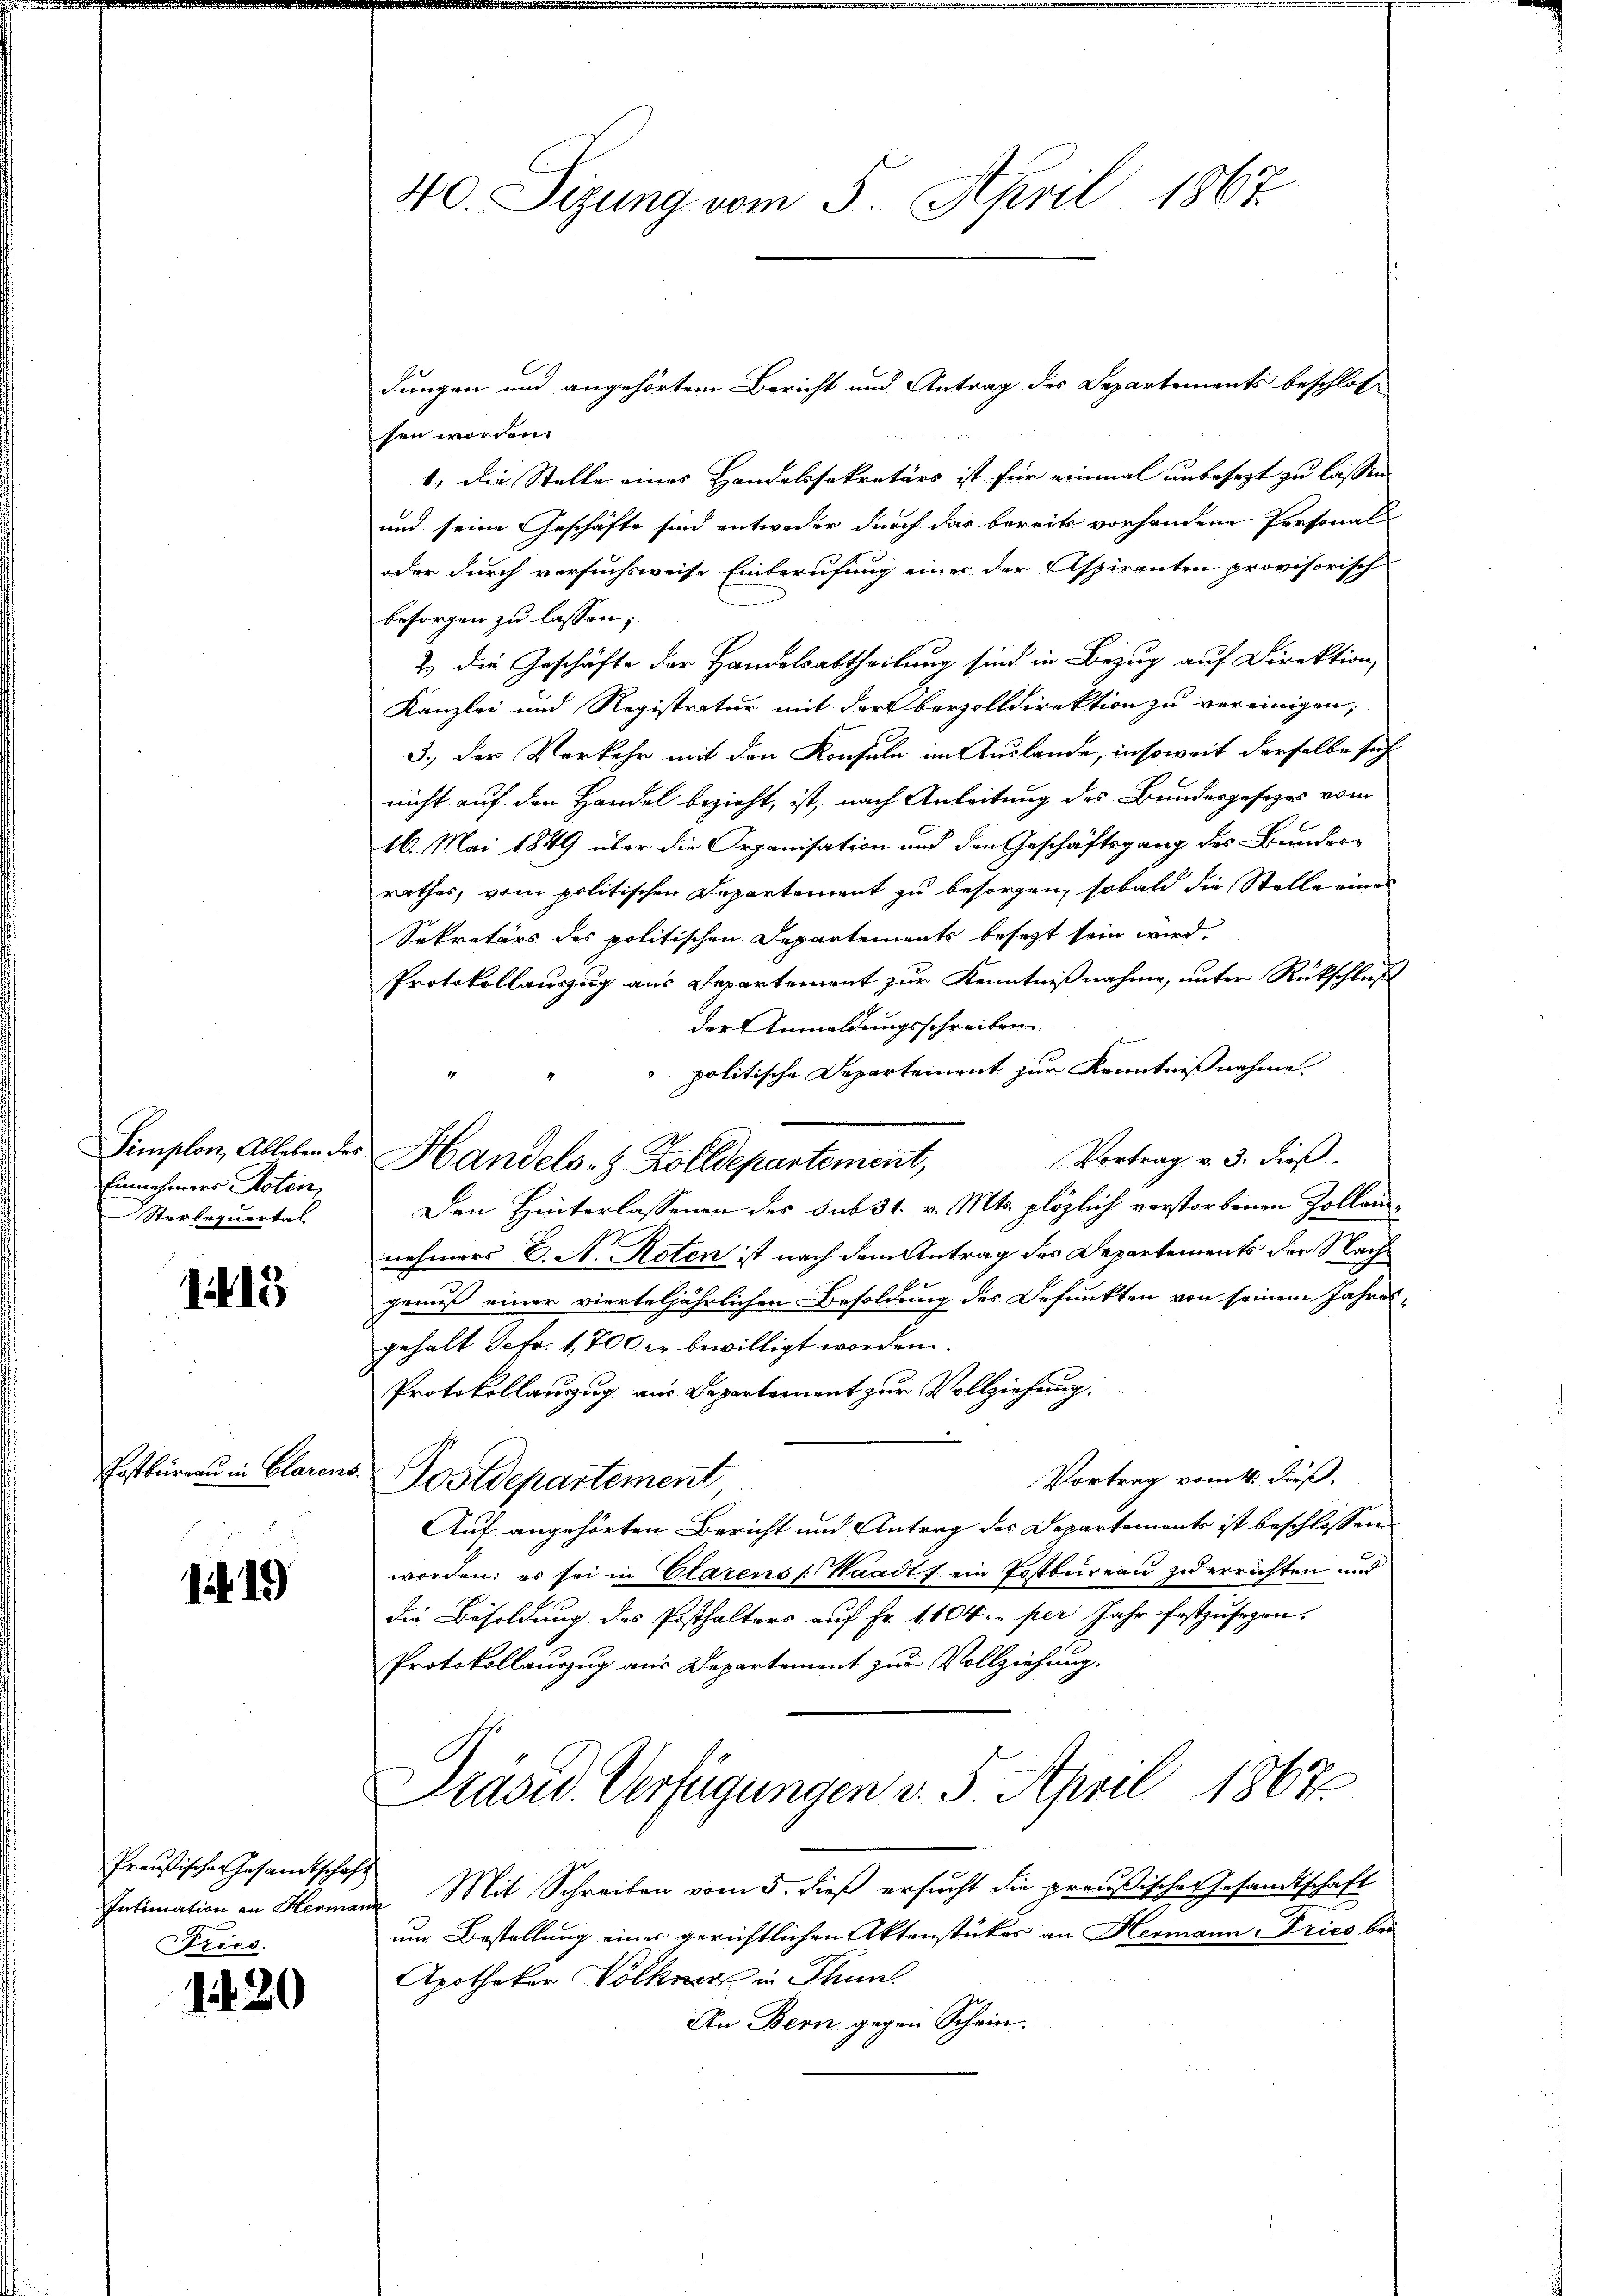
Einnehmers Poten,
Sterbequartal

1413

Postbüreau in Clarens

if. 19

Preußischen Gesamtschaft
Tries.

120

40. Sizung vom 5. April 1867.

dungen und angehörtem Bericht und Antrag des Departements beschlossen worden.
1.) Die Stelle eines Handelssekretärs ist für einmal unbesezt zu lassen
und seine Geschäfte sind entweder durch das bereits vorhandene Personal-
oder durch versuchsweise Einberufung einer der Aspiranten provisorisch
besorgen zu lassen;
2.) Die Geschäfte der Handelsabtheilung sind in Bezug auf Direktion,
Kanzlei und Registratur mit der berzolldirektion zu vereinigen,
3., der Verkehr mit den Konsuln im Auslande, insoweit derselbe sich
nicht auf den Handel bezieht, ist, nach Anleitung des Bundesgesezes vom
16. Mai 1849 über die Organisation und den Geschäftsgang des Bunder
rathes, vom politischen Departement zu besorgen, sobald die Stelle eines
Sekretärs des politischen Departements besezt sein wird,
Protokollauszug aus Departement zur Kenntnißnahme, unter Rückschluß
der Anmeldungsschreiben
politische Departement zur Kenntnißnahme.
Vortrag v. 3. dieß.
Den Hinterlassenen des sub 31. v. Mts. plözlich verstorbenen Zollennehmers E. A. Roten ist nach dem Antrag des Departements der Nachgenuß einer vierteljährlichen Besoldung des Defunkten von seinem Jahres-
gehalt Sefr. 1,700 er bewilligt worden.
Protokollauszug aus Departement zur Vollziehung.
Vortrag vom 16. dieß,
d. Postdepartement,
Auf angehörten Bericht und Antrag des Departements ist beschlossen:
worden; es sei in Clarens (Waadt ein Postbureau zu errichten und
die Besoldung des Posthalters auf Fr. 1104. per Jahr festzusezen.
Protokollauszug aus Departement zur Vollziehung.
Präsid. Verfügungen v. 5. April 1867
Intimation an Hermane Mit Schreiben vom 5. dieß ersucht die preußischer Gesandtschaft
um Bestellung einer gerichtlichen Aktenstückes an Hermann Pries bei
Apotheker Völkner in Thun
An Bern gegen Schein.

Simplon, Ableben des Handels- & Zolldepartement,